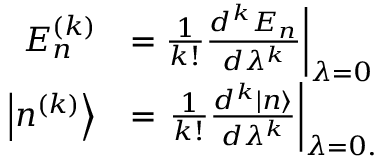
{ \begin{array} { r l } { E _ { n } ^ { ( k ) } } & { = { \frac { 1 } { k ! } } { \frac { d ^ { k } E _ { n } } { d \lambda ^ { k } } } { \bigg | } _ { \lambda = 0 } } \\ { \left| n ^ { ( k ) } \right\rangle } & { = \left. { \frac { 1 } { k ! } } { \frac { d ^ { k } | n \rangle } { d \lambda ^ { k } } } \right| _ { \lambda = 0 . } } \end{array} }